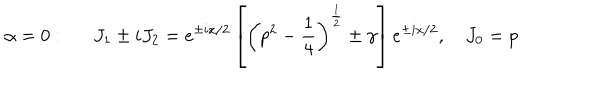
LaTeX: \alpha = 0 : \quad \, \, \, J _ { 1 } \pm i J _ { 2 } = e ^ { \pm i x / 2 } \left[ \left( p ^ { 2 } - \frac 1 4 \right) ^ { \frac 1 2 } \pm \gamma \right] e ^ { \pm i x / 2 } , \quad J _ { 0 } = p